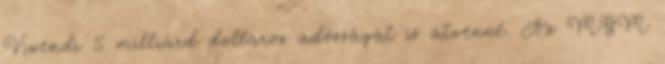
Vivendi 5 milliárd dolláros adósságát is átvenné. Az MGM